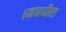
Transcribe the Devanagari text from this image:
।मघधीरा